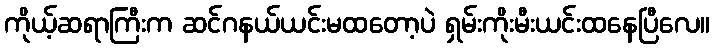
ကိုယ့်ဆရာကြီးက ဆင်ဂနယ်ယင်းမထတော့ပဲ ရှမ်းကိုးမီးယင်းထနေပြီလေ။